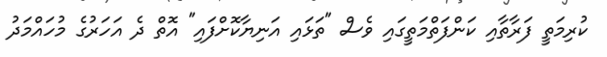
ކުރިމަތީ ފަރާތާއި ކަންފަތްމަތީގައި ވެސް "ތަޅައި އަނިޔާކޮށްފައި" އޮތް ދެ އަހަރުގެ މުހައްމަދު